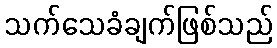
သက်သေခံချက်ဖြစ်သည်